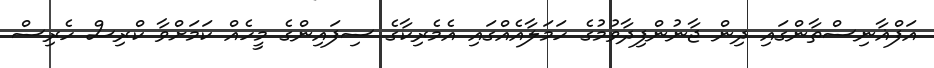
އަފްޣާނިސްތާންގައި ދިން ޖާނުންފިދާވުމުގެ ހަމަލާއެއްގައި އެމެރިކާގެ ސިފައިންގެ މީހެއް ކަމަށްވާ ކްރިސް ހެރިސް